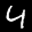
Label: 4